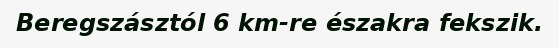
Beregszásztól 6 km-re északra fekszik.